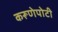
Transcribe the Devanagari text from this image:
करूणेपोटी